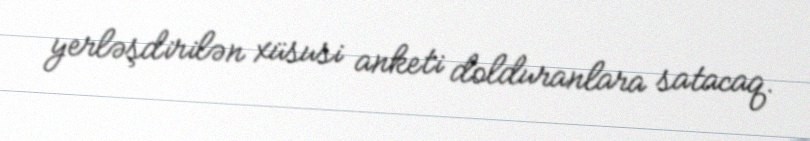
yerləşdirilən xüsusi anketi dolduranlara satacaq.